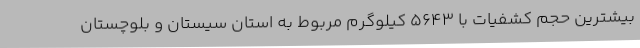
بیشترین حجم کشفیات با 5643 کیلوگرم مربوط به استان سیستان و بلوچستان